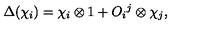
\Delta ( \chi _ { i } ) = \chi _ { i } \otimes 1 + O _ { i } { } ^ { j } \otimes \chi _ { j } ,